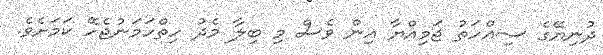
ދުނިޔޭގެ ސިއްހަތު ޖަމިއްޔާ އިން ވެސް މި ބިލާ މެދު ހިތްހަމަނުޖެހޭ ކަމަށެވެ.